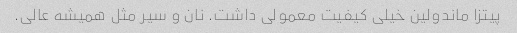
پیتزا ماندولین خیلی کیفیت معمولی داشت. نان و سیر مثل همیشه عالی.